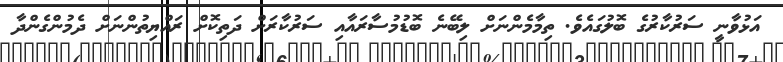
އަޅުވާނީ ސަރުކާރުގެ ބޮލުގައެވެ. ތިމާމެންނަށް ލިބޭނެ ބޮޑުމުސާރައާއި ސަރުކާރަށް ދަތިކޮށް ރައްޔިތުންނަށް ދެމުންގެންދާ